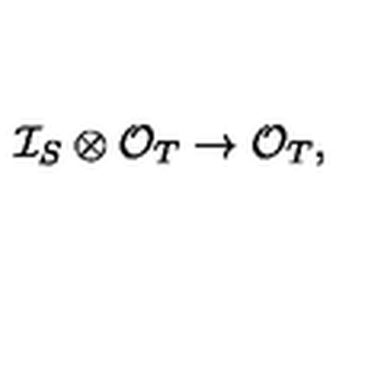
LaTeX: \mathcal { I } _ { S } \otimes \mathcal { O } _ { T } \to \mathcal { O } _ { T } ,